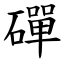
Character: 磾